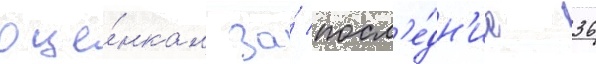
оце́нкам за́ посл'е́дн'ие 36